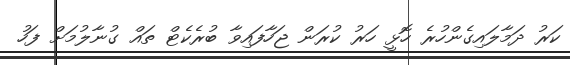
ކަރު ދަމާލައިގެންހުރެ ހޮޅީ ހަރު ކުރަން ޖަހާފައިވާ ބުރެކެޓް ތައް ގުނާލުމަށް ފަހު